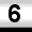
Digit: 6